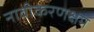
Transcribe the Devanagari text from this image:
नावीकरणक्षम